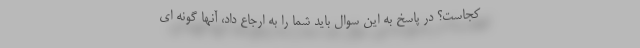
كجاست؟ در پاسخ به اين سوال بايد شما را به ارجاع داد، آنها گونه اي